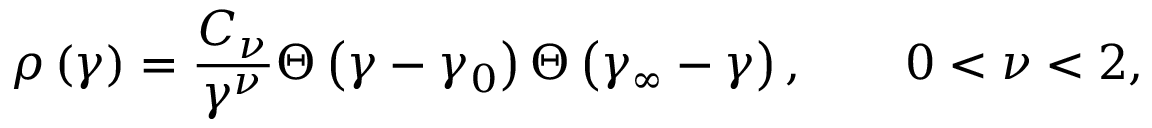
\rho \left( \gamma \right) = \frac { C _ { \nu } } { \gamma ^ { \nu } } \Theta \left( \gamma - \gamma _ { 0 } \right) \Theta \left( \gamma _ { \infty } - \gamma \right) , \qquad 0 < \nu < 2 ,